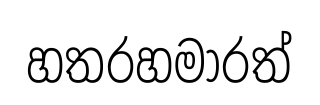
හතරහමාරත්